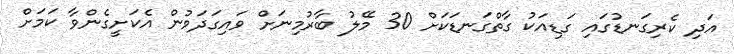
އަދި ކެރިގަނޑުގައި ގަޑިއަކު ގާތްގަނޑަކަށް 30 މޭލު ބާރުމިނަށް ވައިގަދަވުން އެކަށީގެންވާ ކަމަށް